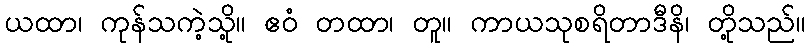
ယထာ၊ ကုန်သကဲ့သို့။ ဧဝံ တထာ၊ တူ။ ကာယသုစရိတာဒီနိ၊ တို့သည်။